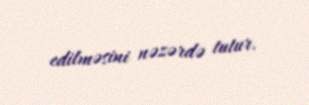
edilməsini nəzərdə tutur.